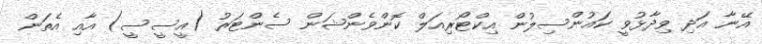
އޭނާ އަދި ވިދާޅުވީ ކައުންސިލުން އިކްޓޯރިއަލް ކޮންވެންޝަން ސެންޓަރު (އީސީސީ) އާއި އެތަން